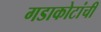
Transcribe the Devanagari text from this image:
गडाकोटांची